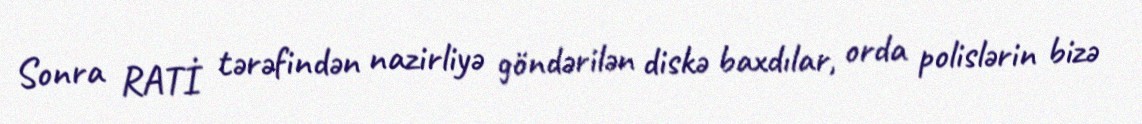
Sonra RATİ tərəfindən nazirliyə göndərilən diskə baxdılar, orda polislərin bizə